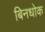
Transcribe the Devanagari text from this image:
बिनधोक